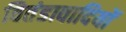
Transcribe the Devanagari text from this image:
वितंडावादियों